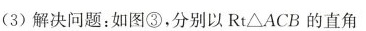
(3)解决问题：如图③，分别以Rt△ACB的直角